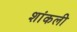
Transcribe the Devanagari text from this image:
शांकली